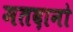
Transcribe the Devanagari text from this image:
मतदानो